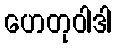
ဟေတုဝါဒါ